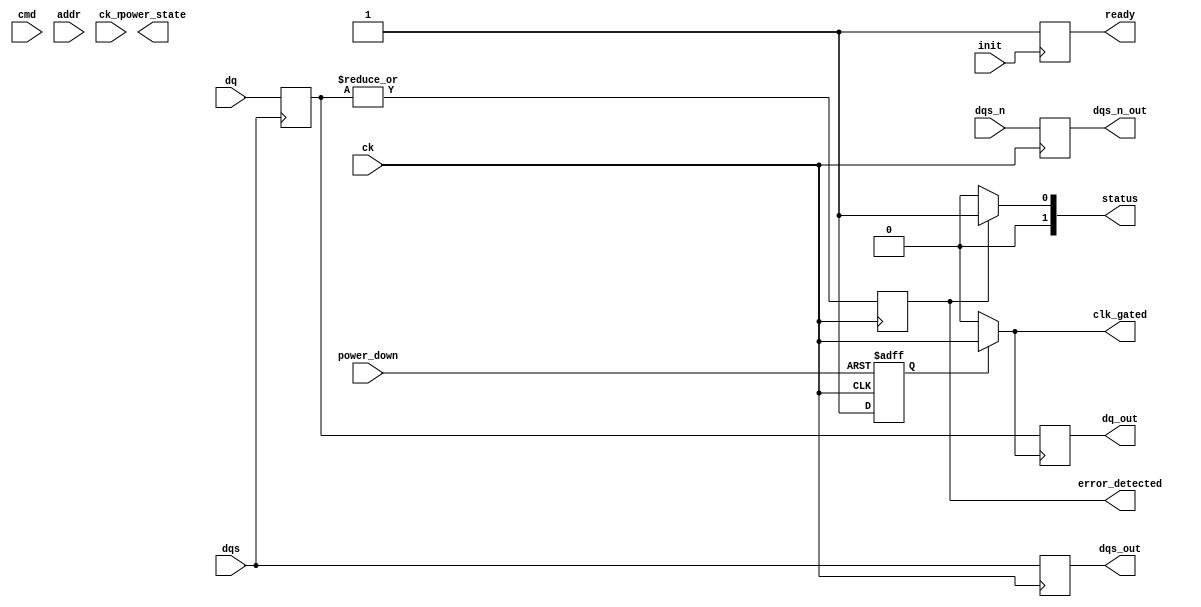
module gddr5_io_block (
    // Data Lines
    input  wire [15:0] dq,        // Data Inputs
    output wire [15:0] dq_out,    // Data Outputs
    input  wire dqs,              // Data Strobe Input
    input  wire dqs_n,            // Inverted Data Strobe
    output wire dqs_out,          // Data Strobe Output
    output wire dqs_n_out,        // Inverted Data Strobe Output

    // Command and Address Lines
    input  wire [3:0] cmd,        // Command Inputs
    input  wire [31:0] addr,      // Address Inputs

    // Clock Management
    input  wire ck,               // Clock Input
    input  wire ck_n,             // Inverted Clock
    output wire clk_gated,        // Gated Clock Output

    // Power Management
    input  wire power_down,       // Power Down Signal
    output wire power_state,      // Power State Output

    // Status Signals
    output wire error_detected,   // Error Detection Signal
    output wire [1:0] status,     // Status Signals

    // Initialization and Configuration
    input  wire init,             // Initialization Signal
    output wire ready              // Ready Signal
);

// Internal Signals
reg [15:0] dq_buffer;
reg [15:0] dq_out_buffer;
reg dqs_buffer, dqs_n_buffer;
reg clk_enabled;

// Clock Gating Logic
always @(posedge ck or negedge power_down) begin
    if (!power_down) begin
        clk_enabled <= 0;
    end else begin
        clk_enabled <= 1;
    end
end

assign clk_gated = clk_enabled ? ck : 1'b0;

// Data Buffering Logic
always @(posedge dqs) begin
    dq_buffer <= dq;
end

always @(posedge clk_gated) begin
    dq_out_buffer <= dq_buffer;
end

assign dq_out = dq_out_buffer;

// DQS Buffering
always @(posedge ck) begin
    dqs_buffer <= dqs;
    dqs_n_buffer <= dqs_n;
end

assign dqs_out = dqs_buffer;
assign dqs_n_out = dqs_n_buffer;

// Error Detection Logic (Placeholder)
always @(posedge ck) begin
    // Dummy error detection logic
    error_detected <= |dq_buffer[15:0]; // Example: detect any non-zero data
end

assign status = error_detected ? 2'b01 : 2'b00; // Status Output

// Initialization Logic
reg initialized;
always @(posedge init) begin
    initialized <= 1;
end

assign ready = initialized;

endmodule